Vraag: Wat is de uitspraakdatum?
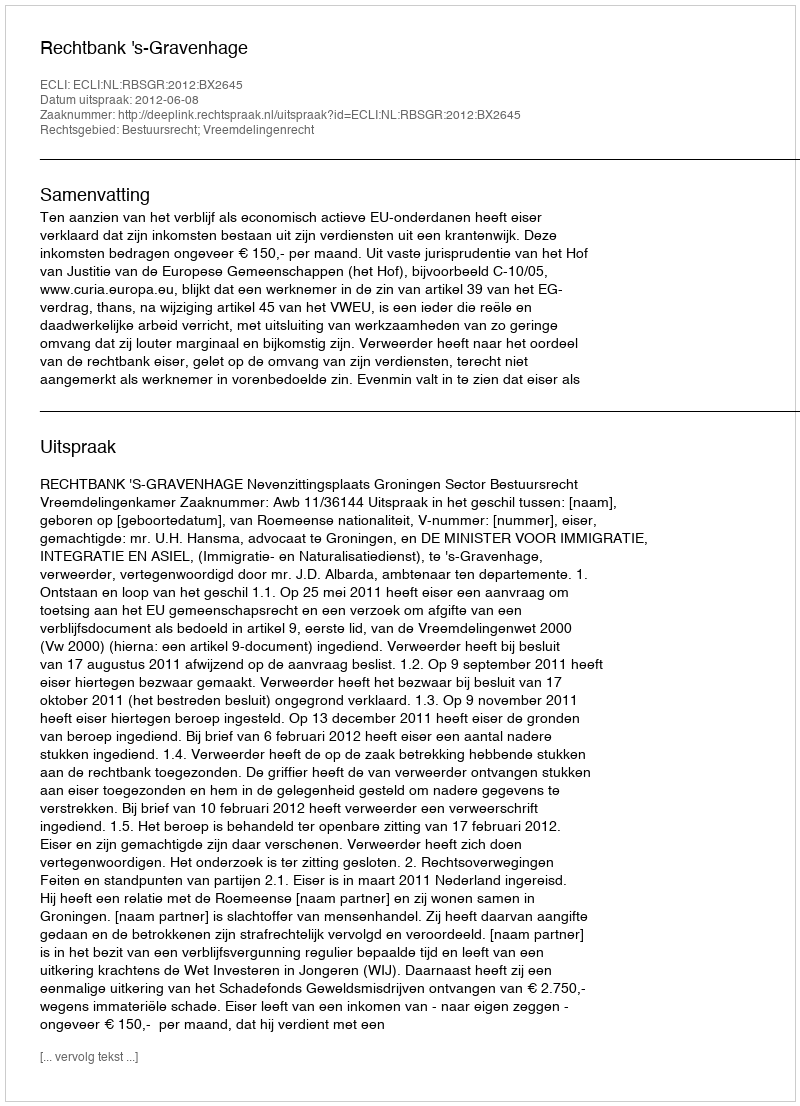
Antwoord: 2012-06-08